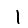
Digit: 1